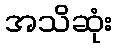
အသိဆုံး